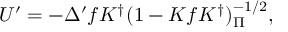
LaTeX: U ^ { \prime } = - \Delta ^ { \prime } f K ^ { \dag } ( 1 - K f K ^ { \dag } ) _ { \Pi } ^ { - 1 / 2 } ,